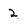
Character: 2